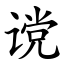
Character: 谠